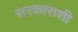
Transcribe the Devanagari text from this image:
सरकाराशी